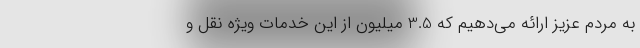
به مردم عزیز ارائه می‌دهیم که 3.5 میلیون از این خدمات ویژه نقل و